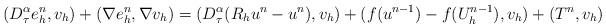
LaTeX: \begin{align*}(D_\tau^\alpha e_h^n,v_h)+(\nabla e_h^n,\nabla v_h)=(D_\tau^\alpha (R_hu^n-u^n),v_h)+(f(u^{n-1})-f(U_h^{n-1}),v_h)+(T^n,v_h)\end{align*}